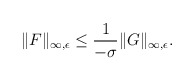
\begin{align*}\| F\|_{\infty,\epsilon}\leq\frac {1}{-\sigma}\| G\|_{\infty,\epsilon}.\end{align*}